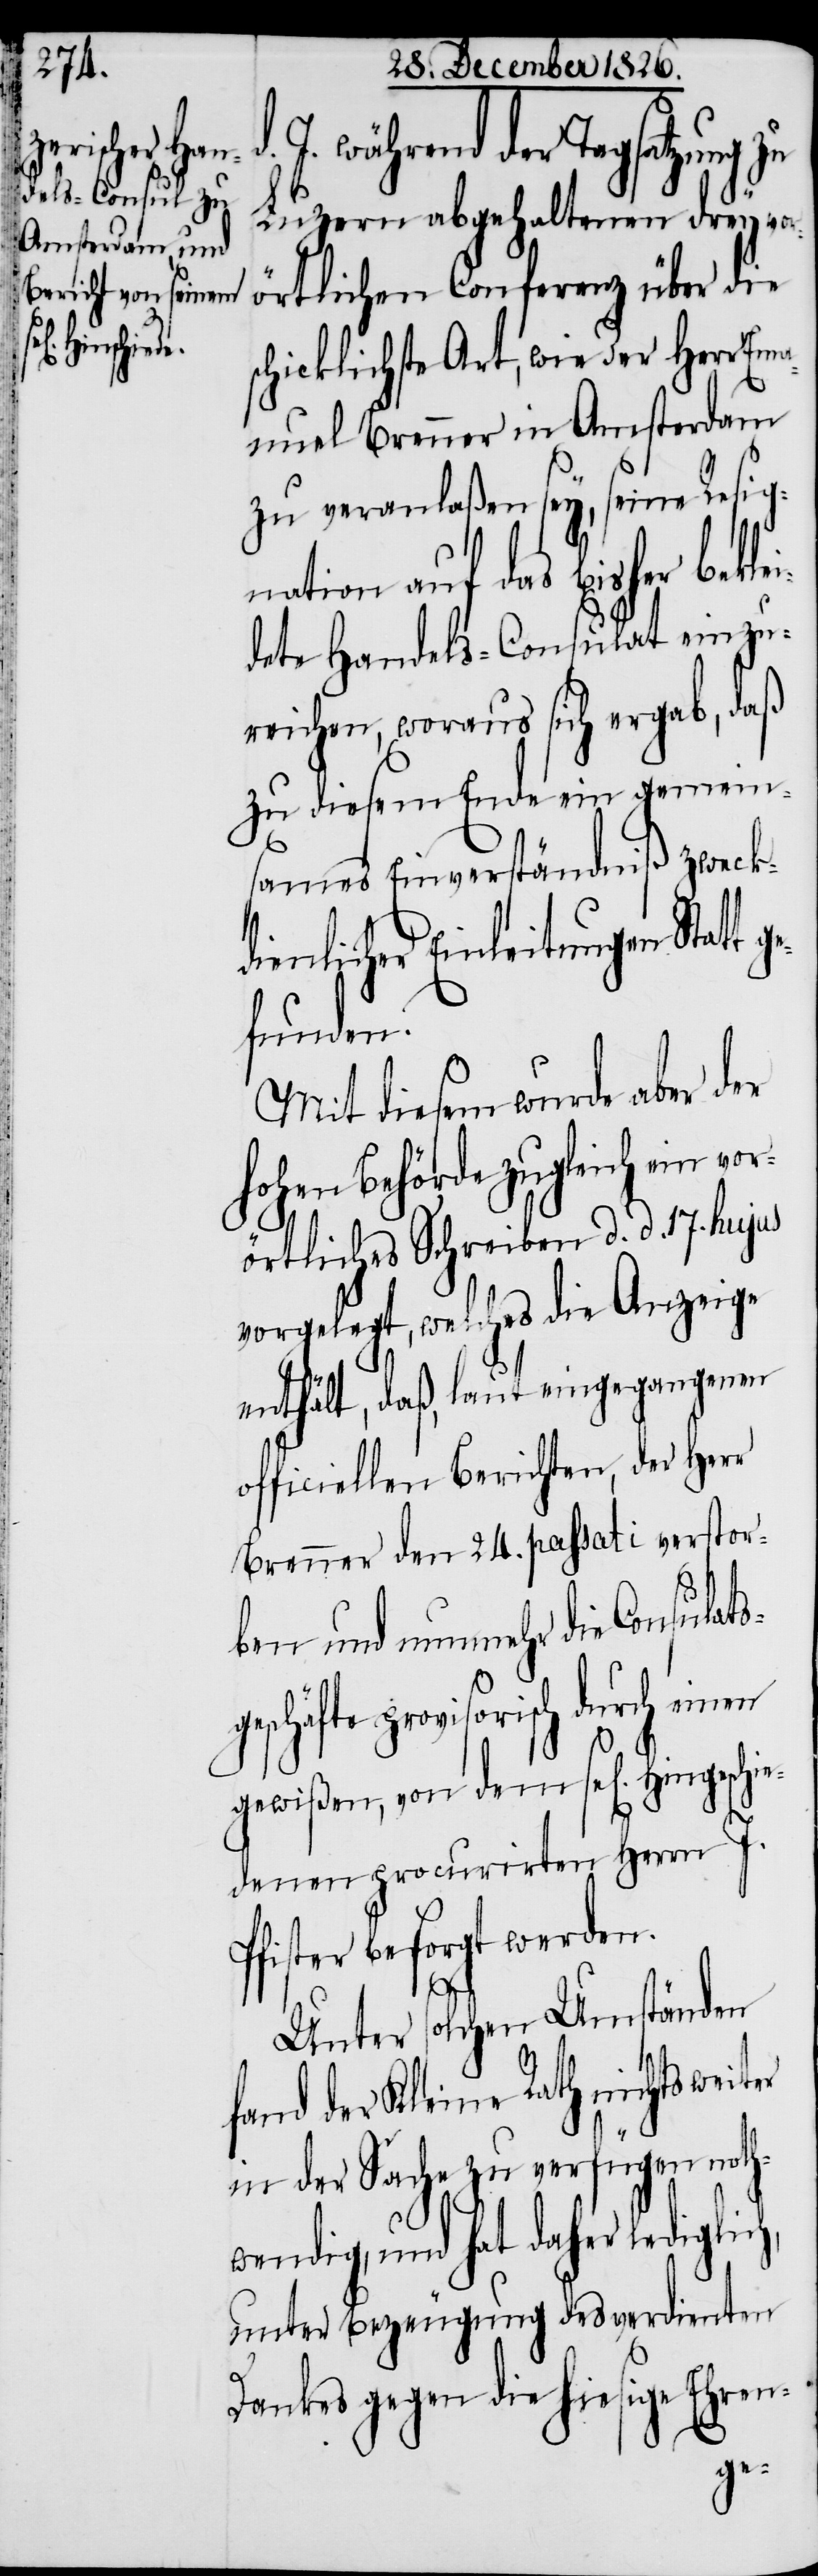
Hingeschie¬

J. während der Tagsatzung zu
Luzern abgehaltenen drey vo¬
rörtlichen Conferenz über die
schicklichste Art, wie der Herr Em¬
anuel Brenner in Amsterdam
zu veranlaßen sey, seine Resig¬
nation auf das bisher bekle¬
idete Handels-Consulat einzu¬
reichen, woraus sich ergab, daß
zu diesem Ende ein gemein¬
sames Einverständniß zweck¬
dienlicher Einleitungen Statt
funden.
Mit diesem wurde aber der
hohen Behörde zugleich ein vor¬
örtliches Schreiben d. d. 17. hujus
vorgelegt, welches die Anzeige
enthält, daß, laut eingegangenen
officiellen Berichten, der Herr
Brenner den 24. passati verstor¬
ben und nunmehr die Consulats¬
geschäfte provisorisch durch einen
gewißen, von dem sel[igen]
denen procurirten Herrn J.
Pfister besorgt werden.
Unter solchen Umständen
fand der Kleine Rath nichts
in der Sache zu verfügen noth¬
wendig, und hat daher lediglich,
unter Bezeugung des verdienten
Dankes gegen die hiesige Ehren-
ge¬